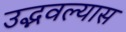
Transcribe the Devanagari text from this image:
उद्भवल्यास